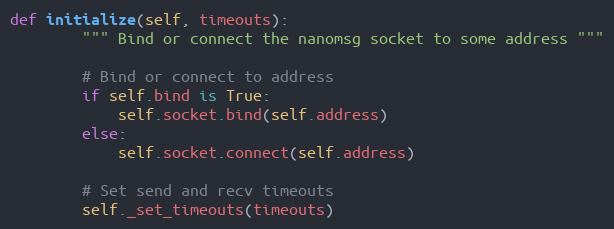
Language: Python
def initialize(self, timeouts):
        """ Bind or connect the nanomsg socket to some address """

        # Bind or connect to address
        if self.bind is True:
            self.socket.bind(self.address)
        else:
            self.socket.connect(self.address)

        # Set send and recv timeouts
        self._set_timeouts(timeouts)